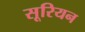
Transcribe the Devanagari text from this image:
सूरियन